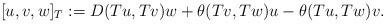
LaTeX: \begin{align*} [u,v,w]_T:=D(Tu,Tv)w+\theta(Tv,Tw)u-\theta(Tu,Tw)v.\end{align*}